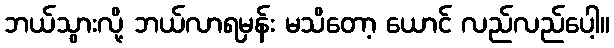
ဘယ်သွားလို့ ဘယ်လာရမှန်း မသိတော့ ယောင် လည်လည်ပေါ့။